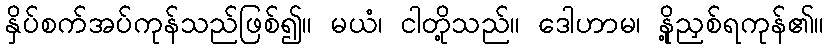
နှိပ်စက်အပ်ကုန်သည်ဖြစ်၍။ မယံ၊ ငါတို့သည်။ ဒေါဟာမ၊ နို့ညှစ်ရကုန်၏။